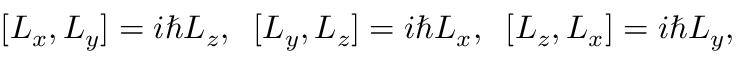
[ L _ { x } , L _ { y } ] = i \hbar L _ { z } , \; \; [ L _ { y } , L _ { z } ] = i \hbar L _ { x } , \; \; [ L _ { z } , L _ { x } ] = i \hbar L _ { y } ,